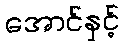
အောင်နှင့်